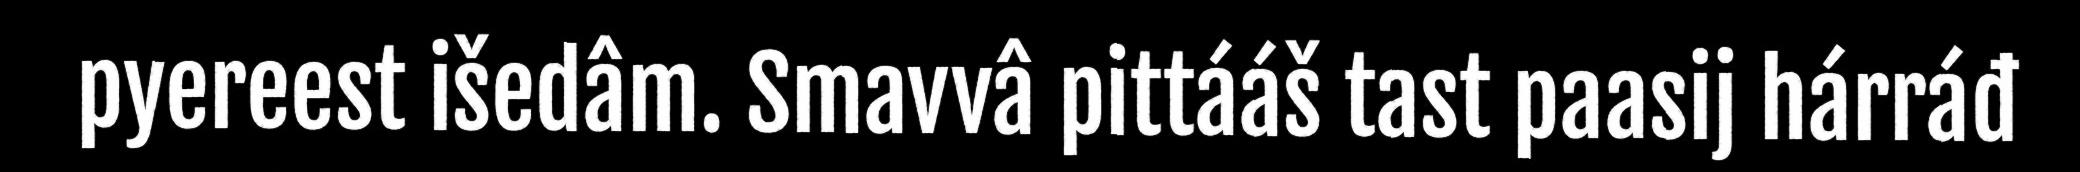
pyereest išedâm. Smavvâ pittááš tast paasij hárráđ